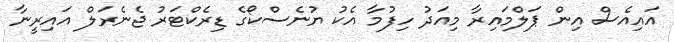
އައިއެސް އިން ޕަލްމައިރާ މިއަދު ހިފުމާ އެކު ޔުނެސްކޯގެ ޑިރެކްޓަރު ޖެނެރަލް އައިރީނާ